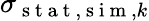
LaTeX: \sigma_{\mathrm{~s~t~a~t~},\mathrm{~s~i~m~},k}